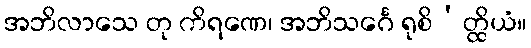
အဘိလာသေ တု ကိရဏေ၊ အဘိသင်္ဂေ ရုစိ’တ္ထိယံ။